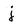
Character: j